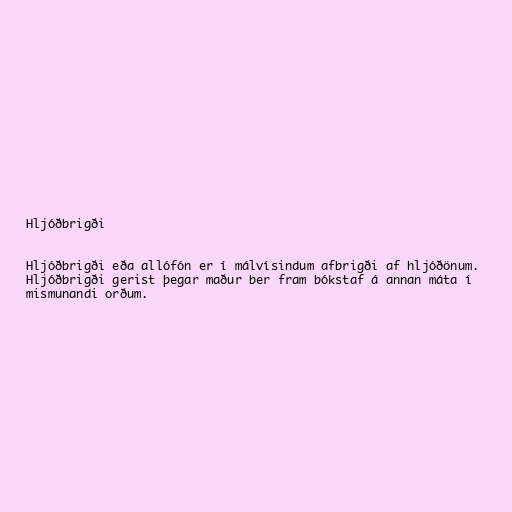
Hljóðbrigði

Hljóðbrigði eða allófón er í málvísindum afbrigði af hljóðönum.
Hljóðbrigði gerist þegar maður ber fram bókstaf á annan máta í
mismunandi orðum.